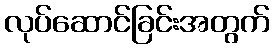
လုပ်ဆောင်ခြင်းအတွက်